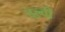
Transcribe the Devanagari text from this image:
दल्वी